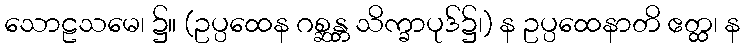
သောဠသမေ၊ ၌။ (ဥပ္ပထေန ဂစ္ဆန္တ သိက္ခာပုဒ်၌၊) န ဥပ္ပထေနာတိ ဧတ္ထ၊ န